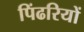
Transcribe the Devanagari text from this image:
पिंढरियों